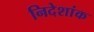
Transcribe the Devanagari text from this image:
निदेशांक